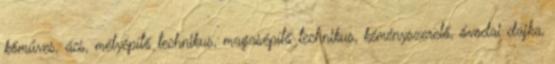
kőműves, ács, mélyépítő technikus, magasépítő technikus, kéményszerelő, óvodai dajka,